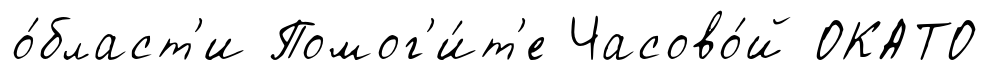
о́бласт'и Помог'и́т'е Часово́й ОКАТО